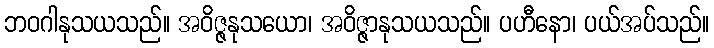
ဘဝဂါနုသယသည်။ အဝိဇ္ဇနုသယော၊ အဝိဇ္ဇာနုသယသည်။ ပဟီနော၊ ပယ်အပ်သည်။